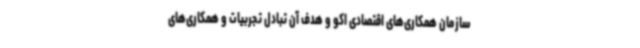
سازمان همکاری‌های اقتصادی اکو و هدف آن تبادل تجربیات و همکاری‌های